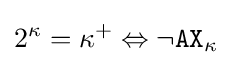
2^{\kappa }=\kappa ^{+}\Leftrightarrow \neg {\texttt {AX}}_{\kappa }